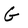
Character: G